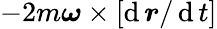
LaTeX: -2m{\boldsymbol{\omega}}\times\left[\operatorname{d}{\boldsymbol{r}}/\operatorname{d}t\right]